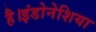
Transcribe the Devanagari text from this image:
है।इंडोनेशिया